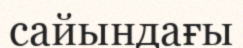
сайындағы